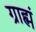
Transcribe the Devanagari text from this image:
ग्राह्मं